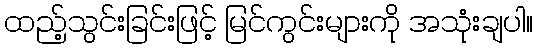
ထည့်သွင်းခြင်းဖြင့် မြင်ကွင်းများကို အသုံးချပါ။